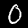
Label: 0